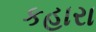
કહારા